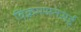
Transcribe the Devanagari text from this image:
विक्रमसतसई